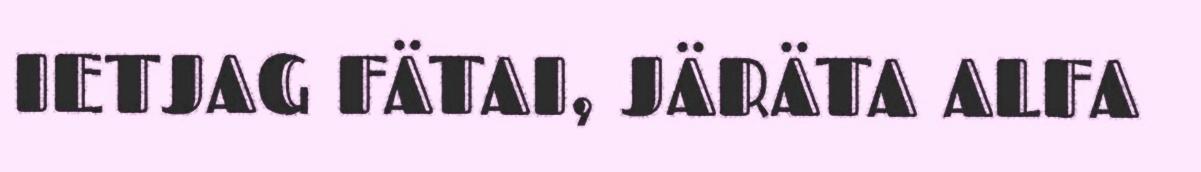
IETJAG FÄTAI, JÄRÄTA ALFA